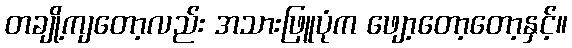
တချို့ကျတော့လည်း အသားဖြူပုံက ဖျော့တော့တော့နှင့်။